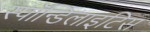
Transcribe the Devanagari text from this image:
स्पॉन्डिलाइटिस